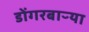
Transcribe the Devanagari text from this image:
डोंगरबाऱ्या